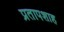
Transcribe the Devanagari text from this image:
प्रतापशाह